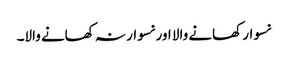
نسوار کھانے والا اور نسوار نہ کھانے والا۔